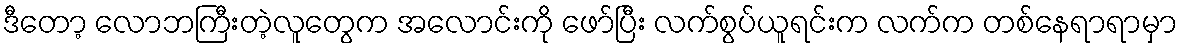
ဒီတော့ လောဘကြီးတဲ့လူတွေက အလောင်းကို ဖော်ပြီး လက်စွပ်ယူရင်းက လက်က တစ်နေရာရာမှာ